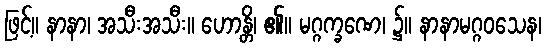
ဖြင့်။ နာနာ၊ အသီးအသီး။ ဟောန္တိ၊ ၏။ မဂ္ဂက္ခဏေ၊ ၌။ နာနာမဂ္ဂဝသေန၊